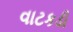
વાટકડી